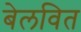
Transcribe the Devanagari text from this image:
बेलवित